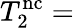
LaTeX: T_{2}^{\mathrm{nc}}=